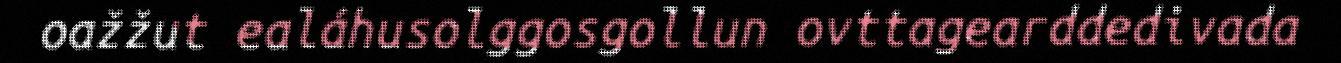
oažžut ealáhusolggosgollun ovttagearddedivada